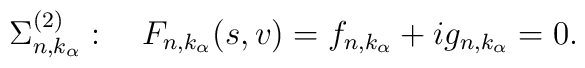
\Sigma^{(2)}_{n,k_\alpha}:\quad F_{n,k_\alpha}(s,v)=f_{n,k_\alpha}+ig_{n,k_\alpha}=0.